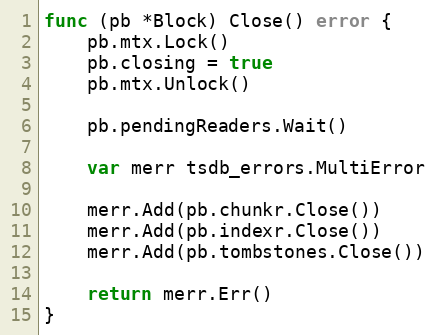
Language: Go
func (pb *Block) Close() error {
	pb.mtx.Lock()
	pb.closing = true
	pb.mtx.Unlock()

	pb.pendingReaders.Wait()

	var merr tsdb_errors.MultiError

	merr.Add(pb.chunkr.Close())
	merr.Add(pb.indexr.Close())
	merr.Add(pb.tombstones.Close())

	return merr.Err()
}